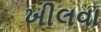
ખીલવા